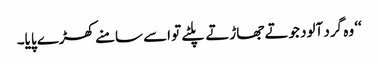
‘‘ وہ گرد آلود جوتے جھاڑتے پلٹے تو اسے سامنے کھڑے پایا۔